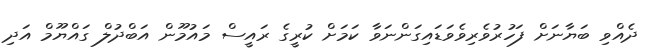
ދެއްވި ބަޔާނަށް ފަހުރުވެރިވެވަޑައިގަންނަވާ ކަމަށް ކުރީގެ ރައީސް މައުމޫން އަބްދުލް ގައްޔޫމް އަދި